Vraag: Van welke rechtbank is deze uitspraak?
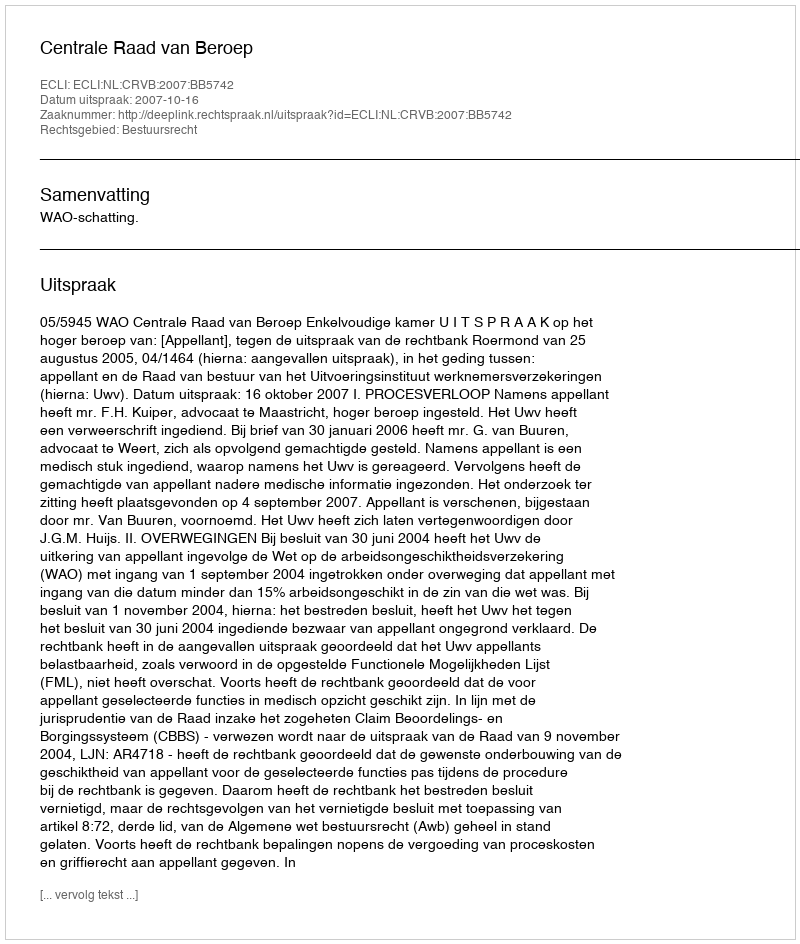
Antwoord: Centrale Raad van Beroep